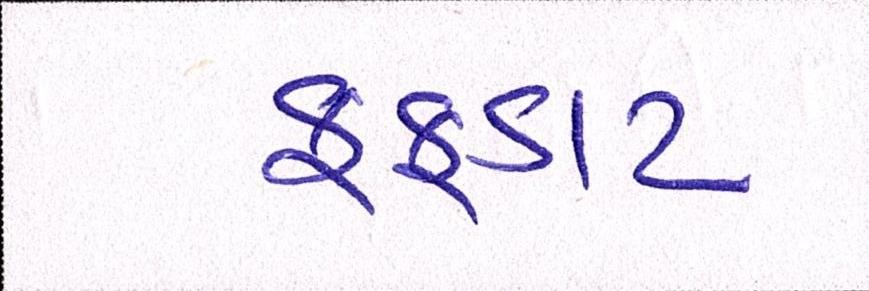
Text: ફફડાટ